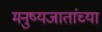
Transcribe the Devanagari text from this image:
मनुष्यजातांच्या